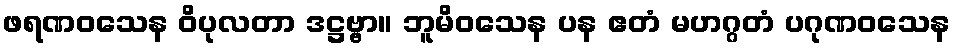
ဖရဏဝသေန ဝိပုလတာ ဒဋ္ဌဗ္ဗာ။ ဘူမိဝသေန ပန ဧတံ မဟဂ္ဂတံ ပဂုဏဝသေန